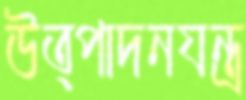
উত্পাদনযন্ত্র